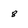
Character: 8